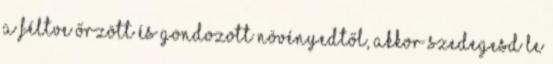
a féltve őrzött és gondozott növényedtől, akkor szedegesd le